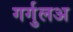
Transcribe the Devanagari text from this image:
गर्गुलअ